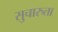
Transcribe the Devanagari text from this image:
सुचारुता